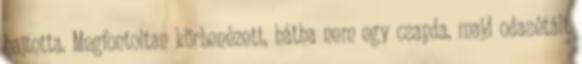
hajtotta. Megfontoltan körbenézett, hátha nem egy csapda, majd odasétált